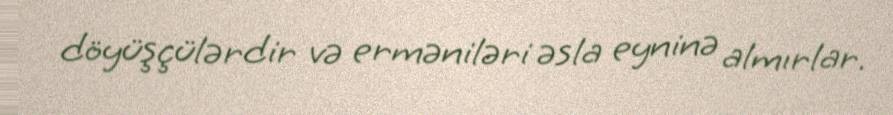
döyüşçülərdir və erməniləri əsla eyninə almırlar.